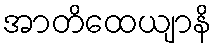
အာတိထေယျာနိ